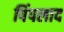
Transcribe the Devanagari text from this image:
पिंपलाद